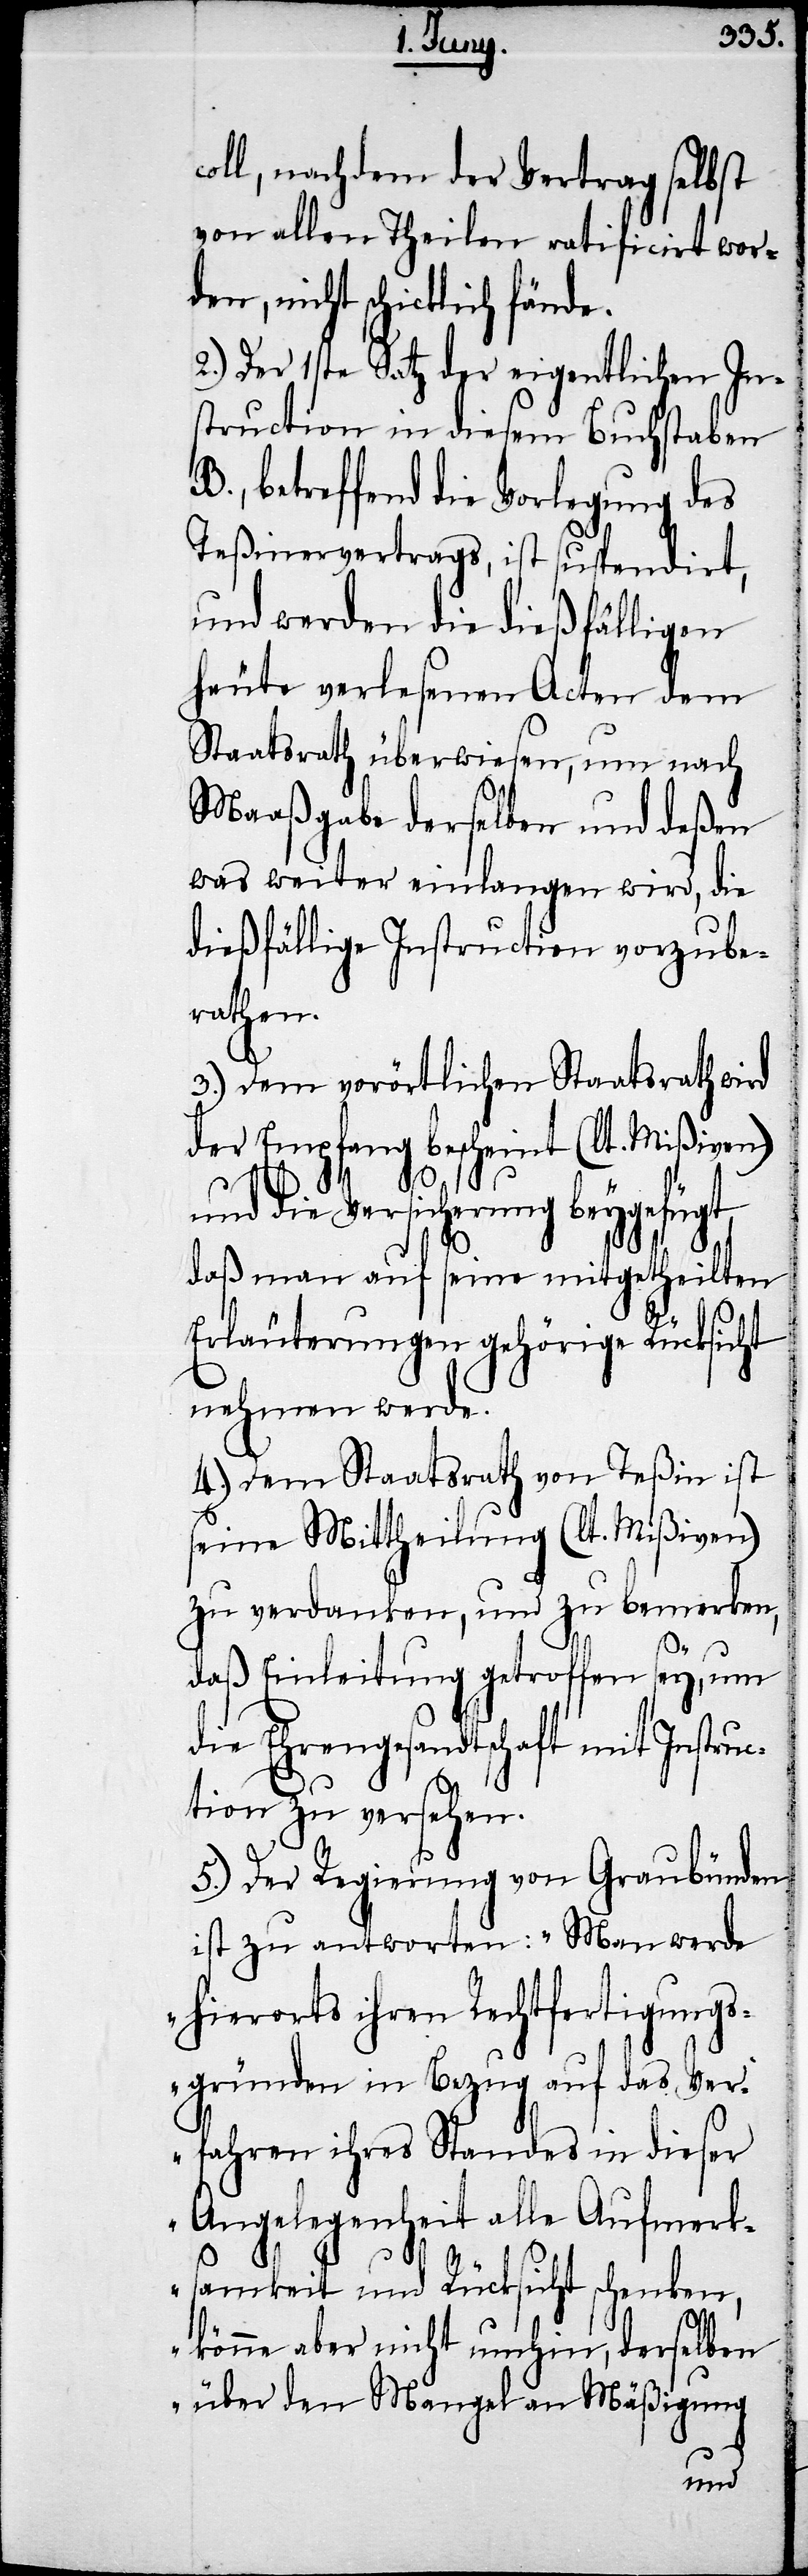
coll, nachdem der Vertrag selbst
von allen Theilen ratificirt wor¬
den, nicht schicklich fände.
2.) Der 1ste Satz der eigentlichen In¬
struction in diesem Buchstaben
B., betreffend die Vorlegung des
Teßinervertrags, ist suspendirt,
und werden die dießfälligen
heute verlesenen Acten dem
Staatsrath überwiesen, um nach
Maaßgabe derselben und deßen
was weiter einlangen wird, die
dießfällige Instruction vorzube¬
rathen.
3.) Dem vorörtlichen Staatsrath wird
der Empfang bescheint (lt. Mißiven)
die Versicherung beygefügt,
daß man auf seine mitgetheilten
Erläuterungen gehörige Rücksicht
nehmen werde.
4.) Dem Staatsrath von Teßin ist
seine Mittheilung (lt. Mißiven)
zu verdanken, und zu bemerken,
daß Einleitung getroffen sey, um
die Ehrengesandtschaft mit Instruc¬
tion zu versehen.
5.) Der Regierung von Graubünden
ist zu antworten: „Man werde
hierorts ihren Rechtfertigungs¬
gründen in Bezug auf das Ver¬
fahren ihres Standes in dieser
Angelegenheit alle Aufmerk¬
samkeit und Rücksicht schenken,
könne aber nicht umhin, derselben
über den Mangel an Mäßigung
und